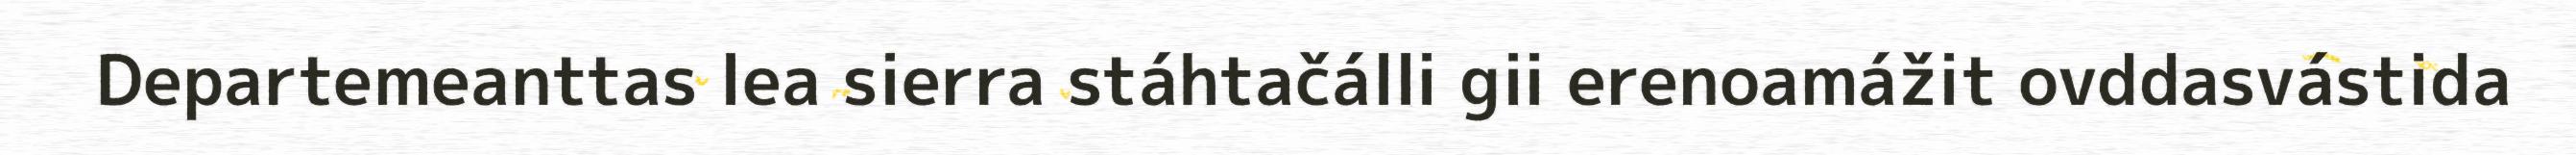
Departemeanttas lea sierra stáhtačálli gii erenoamážit ovddasvástida